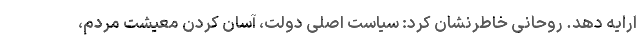
ارایه دهد. روحانی خاطرنشان کرد: سیاست اصلی دولت، آسان کردن معیشت مردم،